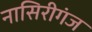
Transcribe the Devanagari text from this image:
नासिरीगंज